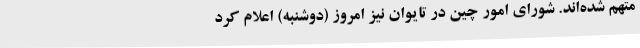
متهم شده‌اند. شورای امور چین در تایوان نیز امروز (دوشنبه) اعلام کرد